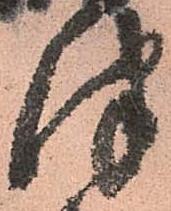
津